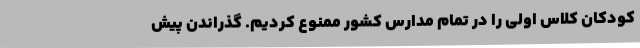
کودکان کلاس اولی را در تمام مدارس کشور ممنوع کردیم. گذراندن پیش‌